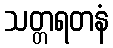
သတ္တရတနံ